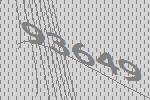
93649